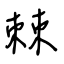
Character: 棘